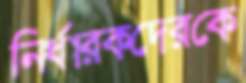
নির্ধারকদেরকে